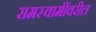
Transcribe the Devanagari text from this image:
रामस्वामींवरील